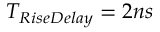
T _ { R i s e D e l a y } = 2 n s